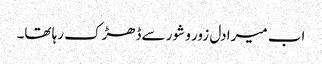
اب میرا دل زور و شور سےڈھڑک رہا تھا۔